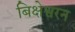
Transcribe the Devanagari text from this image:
बिक्षेश्वरन